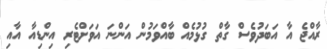
ރާއްޖެ އާ އަބަދުވެސް ގާތް ގުޅުމެއް ބާއްވަމުން އަންނަ އަވަށްޓެރި އިންޑިއާ އާއި